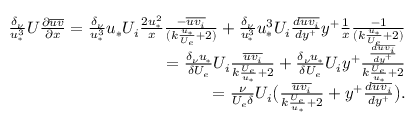
\begin{array} { r } { \frac { \delta _ { \nu } } { u _ { * } ^ { 3 } } U \frac { \partial \overline { { u v } } } { \partial x } = \frac { \delta _ { \nu } } { u _ { * } ^ { 3 } } u _ { * } U _ { i } \frac { 2 u _ { * } ^ { 2 } } { x } \frac { - \overline { { u v _ { i } } } } { ( k \frac { u _ { * } } { U _ { e } } + 2 ) } + \frac { \delta _ { \nu } } { u _ { * } ^ { 3 } } u _ { * } ^ { 3 } U _ { i } \frac { d \overline { { u v _ { i } } } } { d y ^ { + } } y ^ { + } \frac { 1 } { x } \frac { - 1 } { ( k \frac { u _ { * } } { U _ { e } } + 2 ) } } \\ { = \frac { \delta _ { \nu } u _ { * } } { \delta U _ { e } } U _ { i } \frac { \overline { { u v _ { i } } } } { k \frac { U _ { e } } { u _ { * } } + 2 } + \frac { \delta _ { \nu } u _ { * } } { \delta U _ { e } } U _ { i } y ^ { + } \frac { \frac { d \overline { { u v _ { i } } } } { d y ^ { + } } } { k \frac { U _ { e } } { u _ { * } } + 2 } } \\ { = \frac { \nu } { U _ { e } \delta } U _ { i } \big ( \frac { \overline { { u v _ { i } } } } { k \frac { U _ { e } } { u _ { * } } + 2 } + y ^ { + } \frac { d \overline { { u v _ { i } } } } { d y ^ { + } } \big ) . } \end{array}